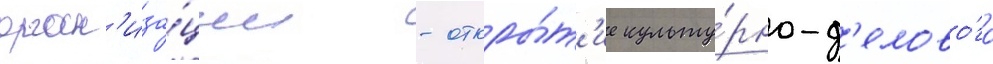
орган'иза́ции - откры́т'ие культу́рно-д'елово́го